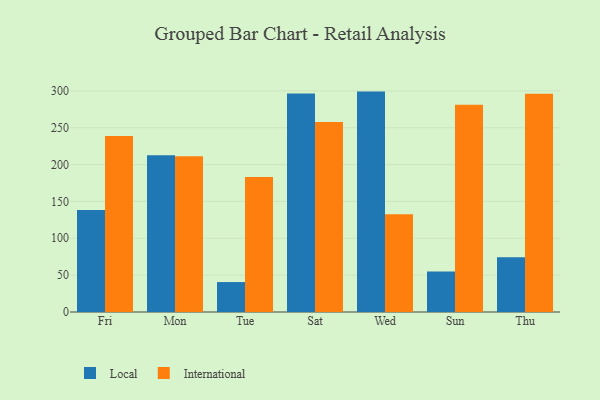
{"axis": {"x": "Day", "y": "Net Income (USD K)"}, "legend": ["International", "Local"], "data": [{"x": "Fri", "y": 138.4, "type": "Local"}, {"x": "Fri", "y": 238.9, "type": "International"}, {"x": "Mon", "y": 212.6, "type": "Local"}, {"x": "Mon", "y": 211.2, "type": "International"}, {"x": "Tue", "y": 40.6, "type": "Local"}, {"x": "Tue", "y": 183.1, "type": "International"}, {"x": "Sat", "y": 296.4, "type": "Local"}, {"x": "Sat", "y": 257.9, "type": "International"}, {"x": "Wed", "y": 299.0, "type": "Local"}, {"x": "Wed", "y": 132.5, "type": "International"}, {"x": "Sun", "y": 54.8, "type": "Local"}, {"x": "Sun", "y": 281.1, "type": "International"}, {"x": "Thu", "y": 74.2, "type": "Local"}, {"x": "Thu", "y": 296.2, "type": "International"}]}